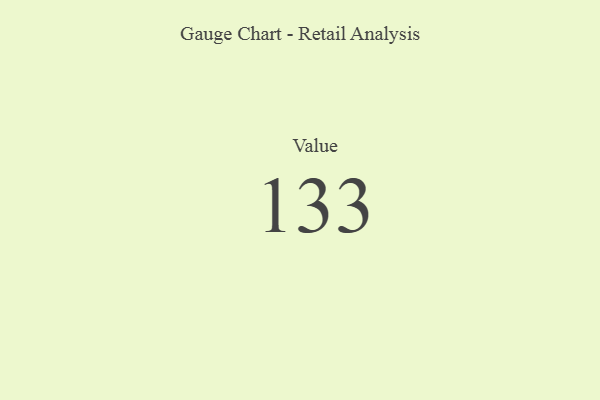
{"axis": {"x": "Metric", "y": "Value"}, "legend": [""], "data": [{"x": "Value", "y": 133, "type": ""}]}